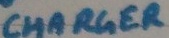
Text: CHARGER